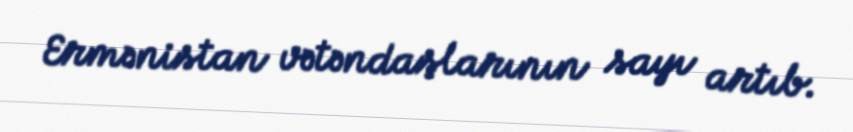
Ermənistan vətəndaşlarının sayı artıb.